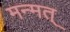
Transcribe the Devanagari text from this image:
मन्मत्